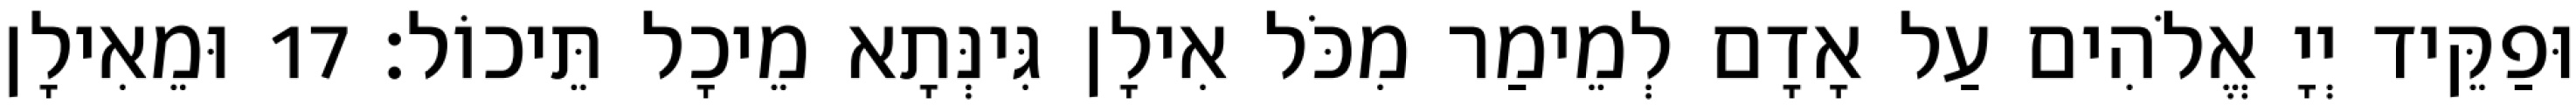
וּפַקֵּיד יְיָ אֱלֹהִים עַל אָדָם לְמֵימַר מִכֹּל אִילָן גִּינְּתָא מֵיכָל תֵּיכוֹל׃ 17 וּמֵאִילָן